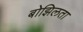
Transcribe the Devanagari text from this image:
बोझिलता